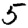
Digit: 5